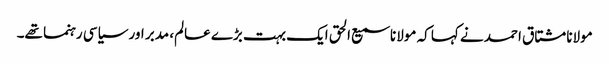
مولانا مشتاق احمد نے کہا کہ مولانا سمیع الحق ایک بہت بڑے عالم، مدبر اور سیاسی رہنما تھے۔